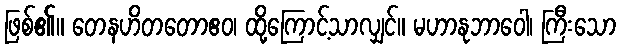
ဖြစ်၏။ တေနဟိတတောဧဝ၊ ထို့ကြောင့်သာလျှင်။ မဟာနုဘာဝေါ၊ ကြီးသော